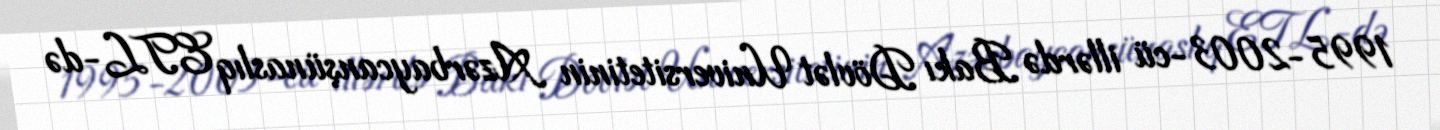
1995-2003-cü illərdə Bakı Dövlət Universitetinin Azərbaycanşünaslıq ETL-də